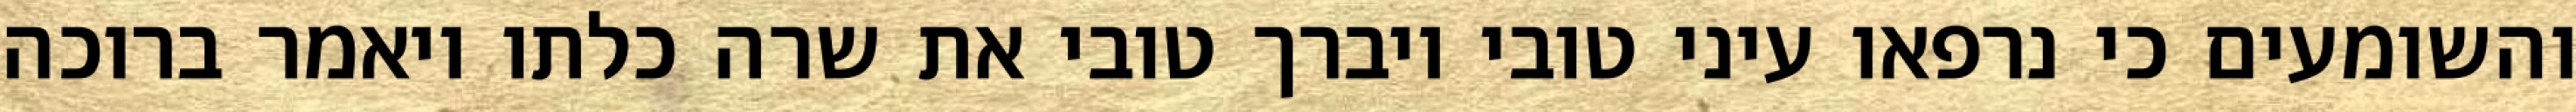
והשומעים כי נרפאו עיני טובי ויברך טובי את שרה כלתו ויאמר ברוכה